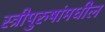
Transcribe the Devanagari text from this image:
स्त्रीपुरुषांमधील